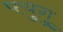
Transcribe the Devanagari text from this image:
फ्युगु